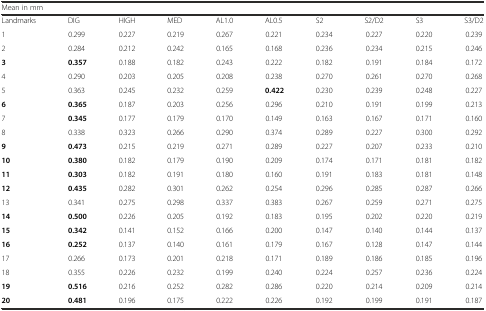
<table><thead><tr><td colspan="10"><b>Mean in mm</b></td></tr></thead><tbody><tr><td>Landmarks</td><td>DIG</td><td>HIGH</td><td>MED</td><td>AL1.0</td><td>AL0.5</td><td>S2</td><td>S2/D2</td><td>S3</td><td>S3/D2</td></tr><tr><td>1</td><td>0.299</td><td>0.227</td><td>0.219</td><td>0.267</td><td>0.221</td><td>0.234</td><td>0.227</td><td>0.220</td><td>0.239</td></tr><tr><td>2</td><td>0.284</td><td>0.212</td><td>0.242</td><td>0.165</td><td>0.168</td><td>0.236</td><td>0.234</td><td>0.215</td><td>0.246</td></tr><tr><td><b>3</b></td><td><b>0.357</b></td><td>0.188</td><td>0.182</td><td>0.243</td><td>0.222</td><td>0.182</td><td>0.191</td><td>0.184</td><td>0.172</td></tr><tr><td>4</td><td>0.290</td><td>0.203</td><td>0.205</td><td>0.208</td><td>0.238</td><td>0.270</td><td>0.261</td><td>0.270</td><td>0.268</td></tr><tr><td>5</td><td>0.363</td><td>0.245</td><td>0.232</td><td>0.259</td><td><b>0.422</b></td><td>0.230</td><td>0.239</td><td>0.248</td><td>0.227</td></tr><tr><td><b>6</b></td><td><b>0.365</b></td><td>0.187</td><td>0.203</td><td>0.256</td><td>0.296</td><td>0.210</td><td>0.191</td><td>0.199</td><td>0.213</td></tr><tr><td>7</td><td><b>0.345</b></td><td>0.177</td><td>0.179</td><td>0.170</td><td>0.149</td><td>0.163</td><td>0.167</td><td>0.171</td><td>0.160</td></tr><tr><td>8</td><td>0.338</td><td>0.323</td><td>0.266</td><td>0.290</td><td>0.374</td><td>0.289</td><td>0.227</td><td>0.300</td><td>0.292</td></tr><tr><td><b>9</b></td><td><b>0.473</b></td><td>0.215</td><td>0.219</td><td>0.271</td><td>0.289</td><td>0.227</td><td>0.207</td><td>0.233</td><td>0.210</td></tr><tr><td><b>10</b></td><td><b>0.380</b></td><td>0.182</td><td>0.179</td><td>0.190</td><td>0.209</td><td>0.174</td><td>0.171</td><td>0.181</td><td>0.182</td></tr><tr><td><b>11</b></td><td><b>0.303</b></td><td>0.182</td><td>0.191</td><td>0.180</td><td>0.160</td><td>0.191</td><td>0.183</td><td>0.181</td><td>0.148</td></tr><tr><td><b>12</b></td><td><b>0.435</b></td><td>0.282</td><td>0.301</td><td>0.262</td><td>0.254</td><td>0.296</td><td>0.285</td><td>0.287</td><td>0.266</td></tr><tr><td>13</td><td>0.341</td><td>0.275</td><td>0.298</td><td>0.337</td><td>0.383</td><td>0.267</td><td>0.259</td><td>0.271</td><td>0.275</td></tr><tr><td><b>14</b></td><td><b>0.500</b></td><td>0.226</td><td>0.205</td><td>0.192</td><td>0.183</td><td>0.195</td><td>0.202</td><td>0.220</td><td>0.219</td></tr><tr><td><b>15</b></td><td><b>0.342</b></td><td>0.141</td><td>0.152</td><td>0.166</td><td>0.200</td><td>0.147</td><td>0.140</td><td>0.144</td><td>0.137</td></tr><tr><td><b>16</b></td><td><b>0.252</b></td><td>0.137</td><td>0.140</td><td>0.161</td><td>0.179</td><td>0.167</td><td>0.128</td><td>0.147</td><td>0.144</td></tr><tr><td>17</td><td>0.266</td><td>0.173</td><td>0.201</td><td>0.218</td><td>0.171</td><td>0.189</td><td>0.186</td><td>0.185</td><td>0.196</td></tr><tr><td>18</td><td>0.355</td><td>0.226</td><td>0.232</td><td>0.199</td><td>0.240</td><td>0.224</td><td>0.257</td><td>0.236</td><td>0.224</td></tr><tr><td><b>19</b></td><td><b>0.516</b></td><td>0.216</td><td>0.252</td><td>0.282</td><td>0.286</td><td>0.220</td><td>0.214</td><td>0.209</td><td>0.214</td></tr><tr><td><b>20</b></td><td><b>0.481</b></td><td>0.196</td><td>0.175</td><td>0.222</td><td>0.226</td><td>0.192</td><td>0.199</td><td>0.191</td><td>0.187</td></tr></tbody></table>